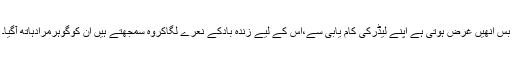
بس انھیں غرض ہوتی ہے اپنے لیڈرکی کام یابی سے،اس کے لیے زندہ بادکے نعرے لگاکروہ سمجھتے ہیں ان کوگوہرمرادہاتھ آگیا۔